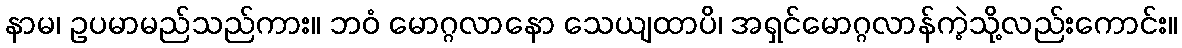
နာမ၊ ဥပမာမည်သည်ကား။ ဘဝံ မောဂ္ဂလာနော သေယျထာပိ၊ အရှင်မောဂ္ဂလာန်ကဲ့သို့လည်းကောင်း။